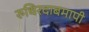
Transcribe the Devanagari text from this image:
रुधिरदाबमापी